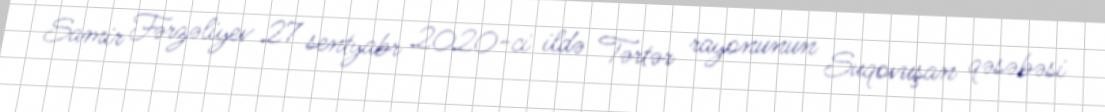
Samir Fərzəliyev 27 sentyabr 2020-ci ildə Tərtər rayonunun Suqovuşan qəsəbəsi